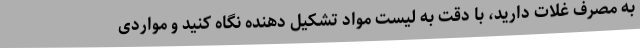
به مصرف غلات دارید، با دقت به لیست مواد تشکیل دهنده نگاه کنید و مواردی